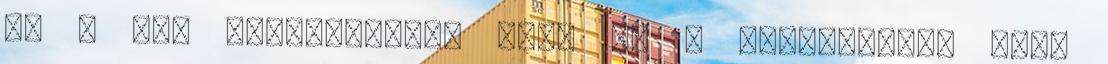
de ő úgy nyilatkozik, hogy ez a tevékenység idős